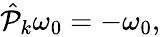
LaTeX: \begin{array}{r}{\hat{\mathcal P}_{k}\omega_{0}=-\omega_{0},}\end{array}